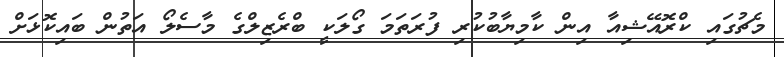
މެޗުގައި ކްރޮއޭޝިއާ އިން ކާމިޔާބުކުރި ފުރަތަމަ ގޯލަކީ ބްރެޒިލްގެ މާސެލޯ އަތުން ބައިކޮޅަށް